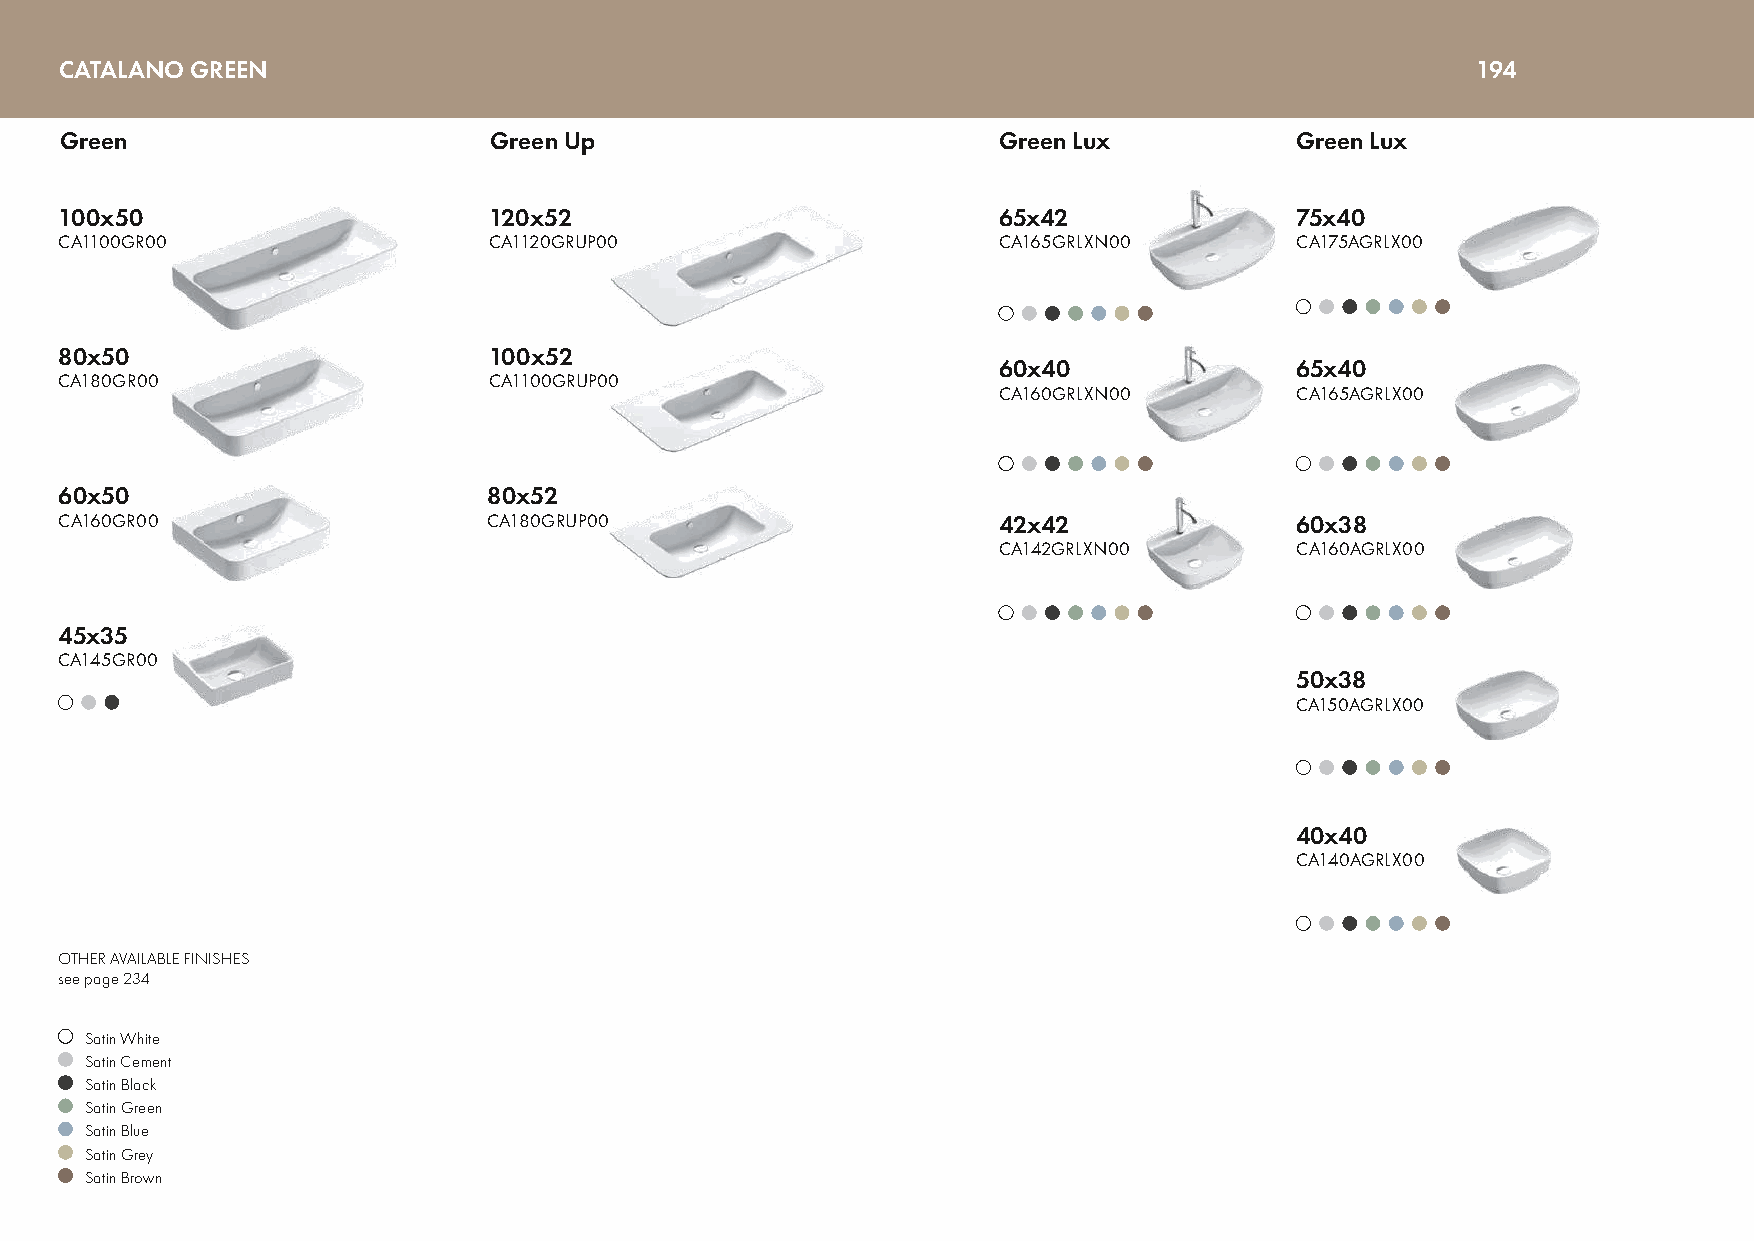
CATALANO GREEN                                                                                194
 Green                       Green Up                          Green Lux           Green Lux
 100x50                      120x52                            65x42               75x40
 CA1100GR00                  CA1120GRUP00                      CA165GRLXN00        CA175AGRLX00
 80x50                       100x52
 60x40               65x40
 CA180GR00                   CA1100GRUP00
 CA160GRLXN00        CA165AGRLX00
 60x50                       80x52
 CA160GR00                   CA180GRUP00                       42x42               60x38
 CA142GRLXN00        CA160AGRLX00
 45x35
 CA145GR00
 50x38
 CA150AGRLX00
 40x40
 CA140AGRLX00
 OTHER AVAILABLE FINISHES
 see page 234
 Satin White
 Satin Cement
 Satin Black
 Satin Green
 Satin Blue
 Satin Grey
 Satin Brown